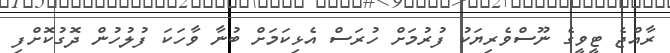
ރާއްޖެ ޓީވީގެ ނޫސްވެރިޔަކު ފުރުމަށް ހުރަސް އެޅިކަމަށް ބުނާ ވާހަކަ ފުލުހުން ދޮގުކޮށްފި